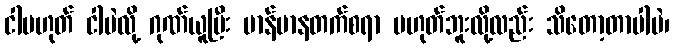
ငါမဟုတ် ငါပဲလို့ ဂုဏ်ယူပြီး မာန်မာနတက်စရာ မဟုတ်ဘူးလို့လည်း သိတော့တာပါပဲ၊